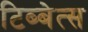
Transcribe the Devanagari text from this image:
टिब्बेत्स